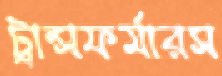
ট্রান্সফর্মারস